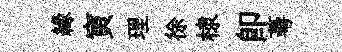
緣寅理徐棣即蕚